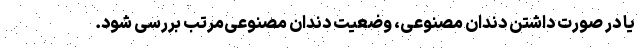
یا در صورت داشتن دندان مصنوعی، وضعیت دندان مصنوعی‌مرتب بررسی شود.